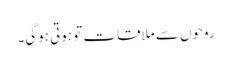
روحوں سے ملاقات تو ہوتی ہوگی۔